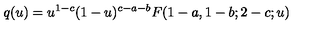
q ( u ) = u ^ { 1 - c } ( 1 - u ) ^ { c - a - b } F ( 1 - a , 1 - b ; 2 - c ; u )